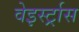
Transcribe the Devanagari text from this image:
वेइर्स्ट्रास